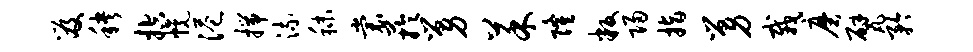
笈秧控幌港揣流秣裳芋舅菜隆叛归指舅栽磨甓矜